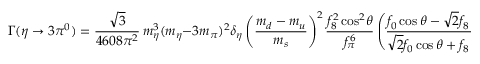
\Gamma ( \eta \to 3 \pi ^ { 0 } ) = \frac { \sqrt { 3 } } { 4 6 0 8 \pi ^ { 2 } } \, m _ { \eta } ^ { 3 } ( m _ { \eta } - 3 m _ { \pi } ) ^ { 2 } \delta _ { \eta } \left( \frac { m _ { d } - m _ { u } } { m _ { s } } \right) ^ { 2 } \frac { f _ { 8 } ^ { 2 } \cos ^ { 2 } \! \theta } { f _ { \pi } ^ { 6 } } \left( \frac { f _ { 0 } \cos \theta - \sqrt { 2 } f _ { 8 } \sin \theta } { \sqrt { 2 } f _ { 0 } \cos \theta + f _ { 8 } \sin \theta } \right) ^ { 2 }